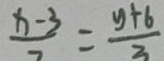
\frac { x - 3 } { 7 } = \frac { y + 6 } { 3 }